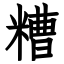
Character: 糟